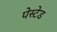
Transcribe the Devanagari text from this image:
पेस्टेड